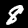
Digit: 8